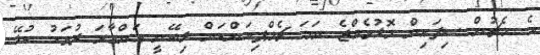
އެ މެޗުން ސިފައިން މޮޅުވެއްޖެ ނަމަ ޗެމްޕިއަންކަން ލިބޭނީ އަންގާރަ ދުވަހު ކުޅޭ